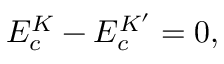
E _ { c } ^ { K } - E _ { c } ^ { K ^ { \prime } } = 0 ,